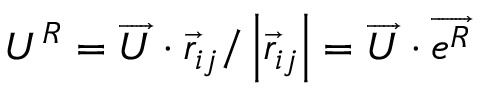
U ^ { R } = \overrightarrow { U } \cdot \overrightarrow { r } _ { i j } / \left| \overrightarrow { r } _ { i j } \right| = \overrightarrow { U } \cdot \overrightarrow { e ^ { R } }